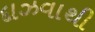
દાઝવાથી